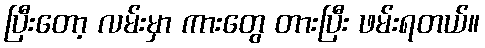
ပြီးတော့ လမ်းမှာ ကားတွေ တားပြီး ဖမ်းရတယ်။